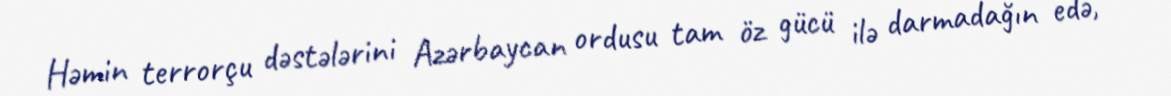
Həmin terrorçu dəstələrini Azərbaycan ordusu tam öz gücü ilə darmadağın edə,